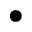
\bullet